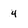
Character: 4